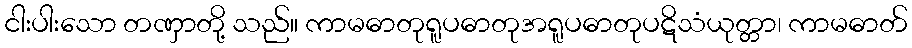
ငါးပါးသော တဏှာတို့ သည်။ ကာမဓာတုရူပဓာတုအရူပဓာတုပဋိသံယုတ္တာ၊ ကာမဓာတ်